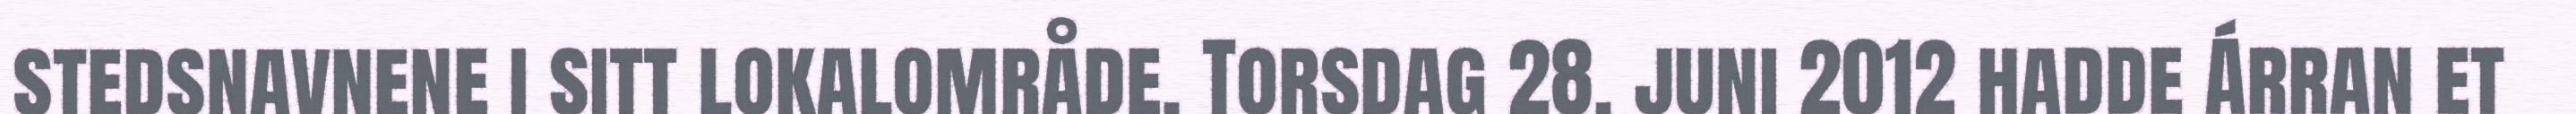
stedsnavnene i sitt lokalområde. Torsdag 28. juni 2012 hadde Árran et